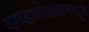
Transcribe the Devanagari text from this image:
दगडधोंड्यामधून